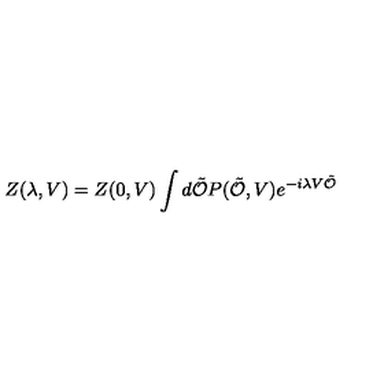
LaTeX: Z ( \lambda , V ) = Z ( 0 , V ) \int d \tilde { \cal O } P ( \tilde { \cal O } , V ) e ^ { - i \lambda V \tilde { \cal O } }